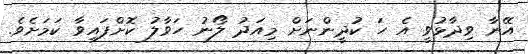
އޭނާ ވިދާޅުވީ އެ ހަ ކުދީންނަށް މިއަދު ލޯނު ހަވާލު ކޮށްފައިވާ ކަމަށެވެ.